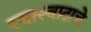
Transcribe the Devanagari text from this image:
रसास्वादाचे